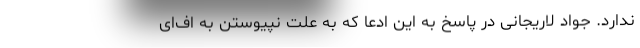
ندارد. جواد لاریجانی در پاسخ به این ادعا که به علت نپیوستن به اف‌ای